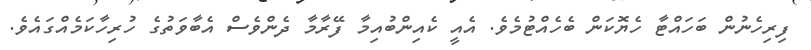
ފިރިހެނުން ބަހައްޓާ ހެޔޮކަން ބެހެއްޓުމެވެ. އެއީ ކެއިންބުއިމާ ފޭރާމާ ދެންވެސް އެބާވަތުގެ ހުރިހާކަމެއްގައެވެ.